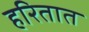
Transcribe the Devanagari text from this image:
हरितात